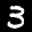
Label: 3